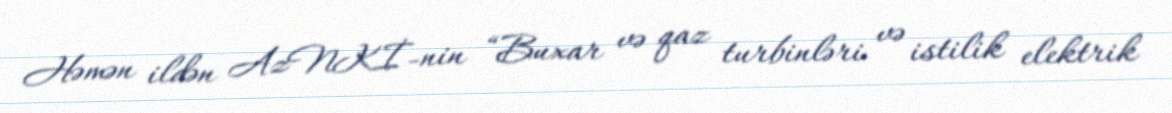
Həmən ildən AzNKİ-nin “Buxar və qaz turbinləri və istilik elektrik